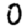
Digit: 0